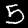
Label: 5